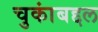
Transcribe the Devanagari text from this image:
चुकांबद्दल